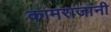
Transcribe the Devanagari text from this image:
कामराजांनी